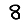
Digit: 8